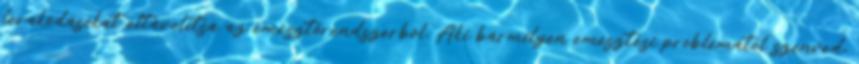
lerakódásókat eltávolítsa az emésztőrendszerből. Aki bármilyen emésztési problémától szenved,